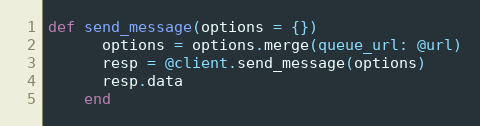
Language: Ruby
def send_message(options = {})
      options = options.merge(queue_url: @url)
      resp = @client.send_message(options)
      resp.data
    end